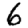
Digit: 6